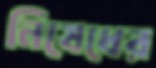
নিষেধের